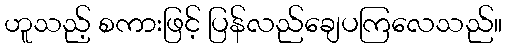
ဟူသည့် စကားဖြင့် ပြန်လည်ချေပကြလေသည်။